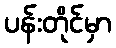
ပန်းတိုင်မှာ